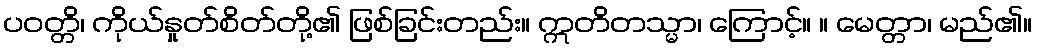
ပဝတ္တိ၊ ကိုယ်နှုတ်စိတ်တို့၏ ဖြစ်ခြင်းတည်း။ ဣတိတသ္မာ၊ ကြောင့်။ ။ မေတ္တာ၊ မည်၏။